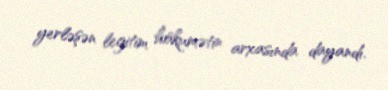
yerləşən legitim hökumətin arxasında dayandı.